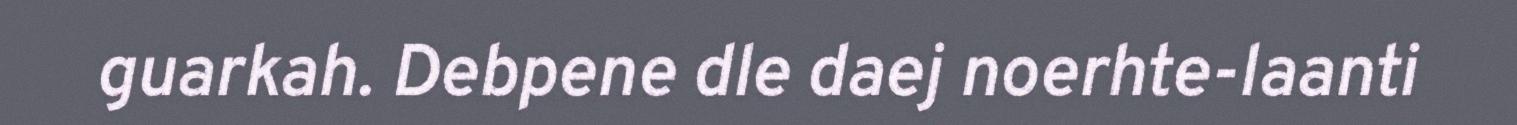
guarkah. Debpene dle daej noerhte-laanti